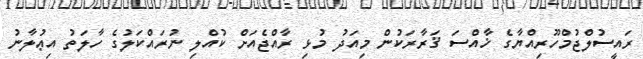
ރައީސުލްޖުމްހޫރިއްޔާގެ ޚާއްސަ ޤަރާރަކުން މިއަދު މުޅި ރާއްޖެއަށް ކުއްލި ނުރައްކަލުގެ ހާލަތު އިޢުލާނު